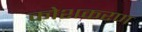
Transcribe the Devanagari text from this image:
कोशकरण